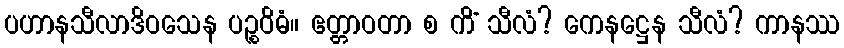
ပဟာနသီလာဒိဝသေန ပဉ္စဝိဓံ။ ဧတ္တာဝတာ စ ကိံ သီလံ? ကေနဋ္ဌေန သီလံ? ကာနဿ